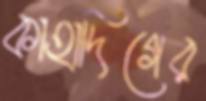
কাহাদিগের